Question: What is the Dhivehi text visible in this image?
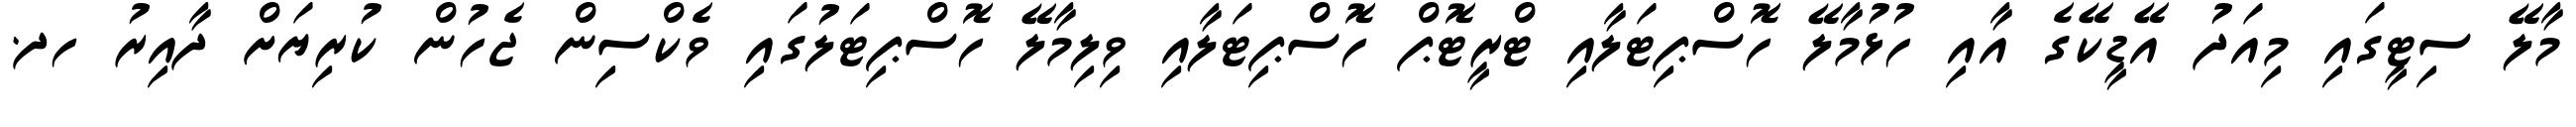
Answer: މާލޭ ސިޓީގައި މިއަދު އޭޑީކޭގެ އާއި ހުޅުމާލޭ ހޮސްޕިޓަލާއި ޓްރީޓޮޕް ހޮސްޕިޓަލާއި ވިލިމާލޭ ހޮސްޕިޓަލުގައި ވެކްސިން ޖެހުން ކުރިޔަށް ދާއިރު ހދ.